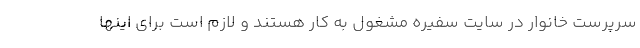
سرپرست خانوار در سایت سفیره مشغول به کار هستند و لازم است برای اینها